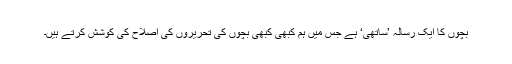
بچوں کا ایک رسالہ ’ساتھی‘ ہے جس میں ہم کبھی کبھی بچوں کی تحریروں کی اصلاح کی کوشش کرتے ہیں۔